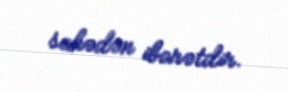
sahədən ibarətdir.